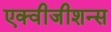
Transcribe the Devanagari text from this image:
एक्वीजीशन्स